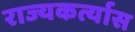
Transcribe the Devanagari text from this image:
राज्यकर्त्यास